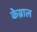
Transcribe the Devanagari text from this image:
केब्राल